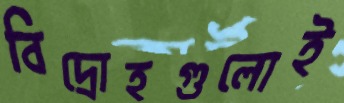
বিদ্রোহগুলোই